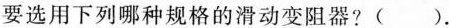
要选用下列哪种规格的滑动变阻器?().